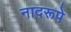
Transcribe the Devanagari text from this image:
नादरूपे